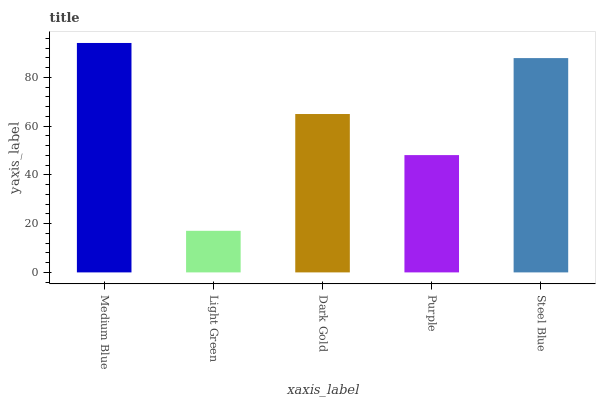
| xaxis_label | bars |
 | --- | --- |
 | Medium Blue | 94.1 |
 | Light Green | 17.1 |
 | Dark Gold | 65 |
 | Purple | 48.1 |
 | Steel Blue | 87.9 |